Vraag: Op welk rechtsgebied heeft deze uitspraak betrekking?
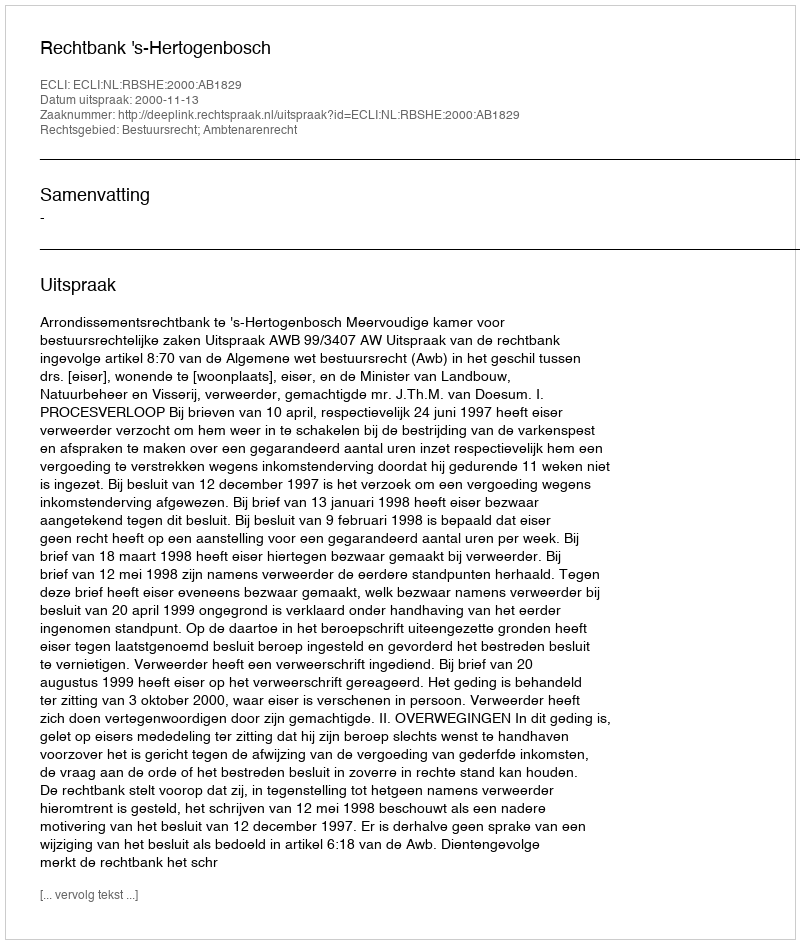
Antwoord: Bestuursrecht; Ambtenarenrecht